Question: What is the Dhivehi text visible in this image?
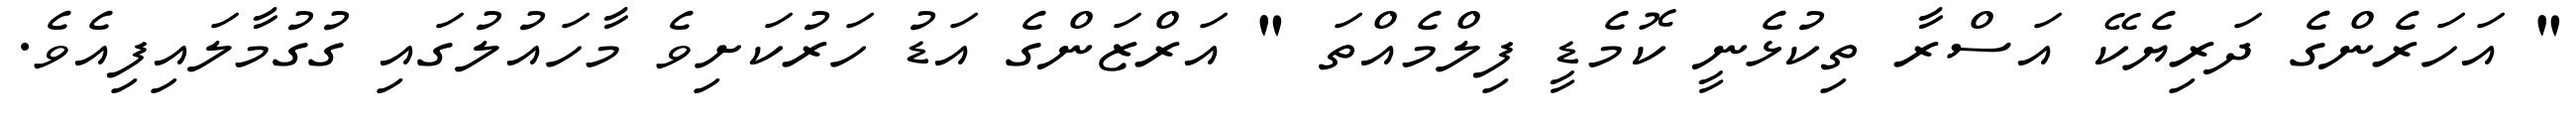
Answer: " އަހަރެންގެ ދަރިޔެކޭ އަސްރާ ތިކުޅެނީ ކޮމެޑީ ފިލްމެއްތަ " އަރްޒަންގެ އަޑު ހަރުކަށިވެ މާހައުލުގައި ގުގުމާލައިފިއެވެ.